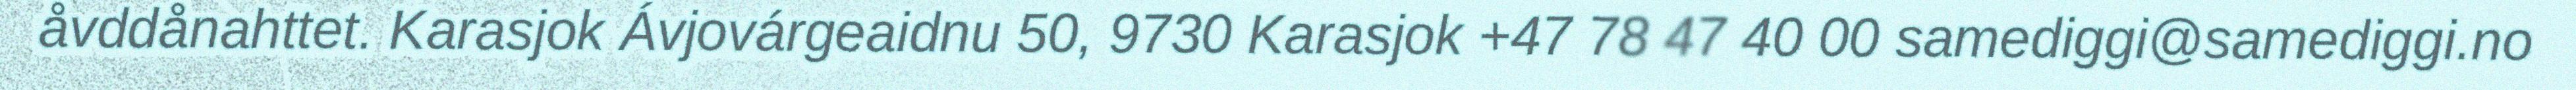
åvddånahttet. Karasjok Ávjovárgeaidnu 50, 9730 Karasjok +47 78 47 40 00 samediggi@samediggi.no